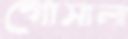
গোসালা